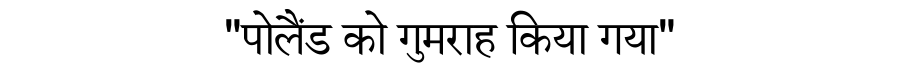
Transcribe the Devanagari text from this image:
"पोलैंड को गुमराह किया गया"